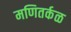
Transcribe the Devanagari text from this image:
मणितर्कळ